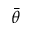
\bar { \theta }